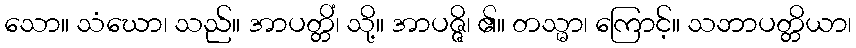
သော။ သံဃော၊ သည်။ အာပတ္တိံ၊ သို့။ အာပဇ္ဇိ၊ ၏။ တသ္မာ၊ ကြောင့်။ သဘာပတ္တိယာ၊